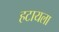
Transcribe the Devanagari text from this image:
हटायला